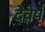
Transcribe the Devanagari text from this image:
देवेर्ष